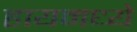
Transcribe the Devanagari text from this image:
हायमध्ये